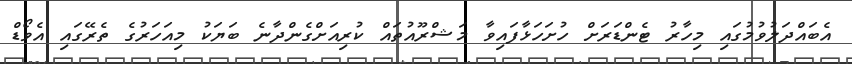
އެބައްދަލުވުމުގައި މިހާރު ޓެންޑަރަށް ހުށަހަޅާފައިވާ މަޝްރޫއުތައް ކުރިއަށްގެންދާނެ ބަޔަކު މިއަހަރުގެ ތެރޭގައި އެވޯޑް